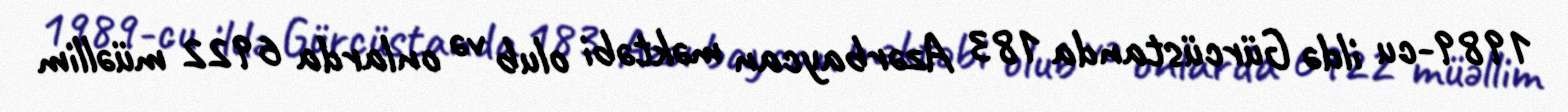
1989-cu ildə Gürcüstanda 183 Azərbaycan məktəbi olub və onlarda 6922 müəllim